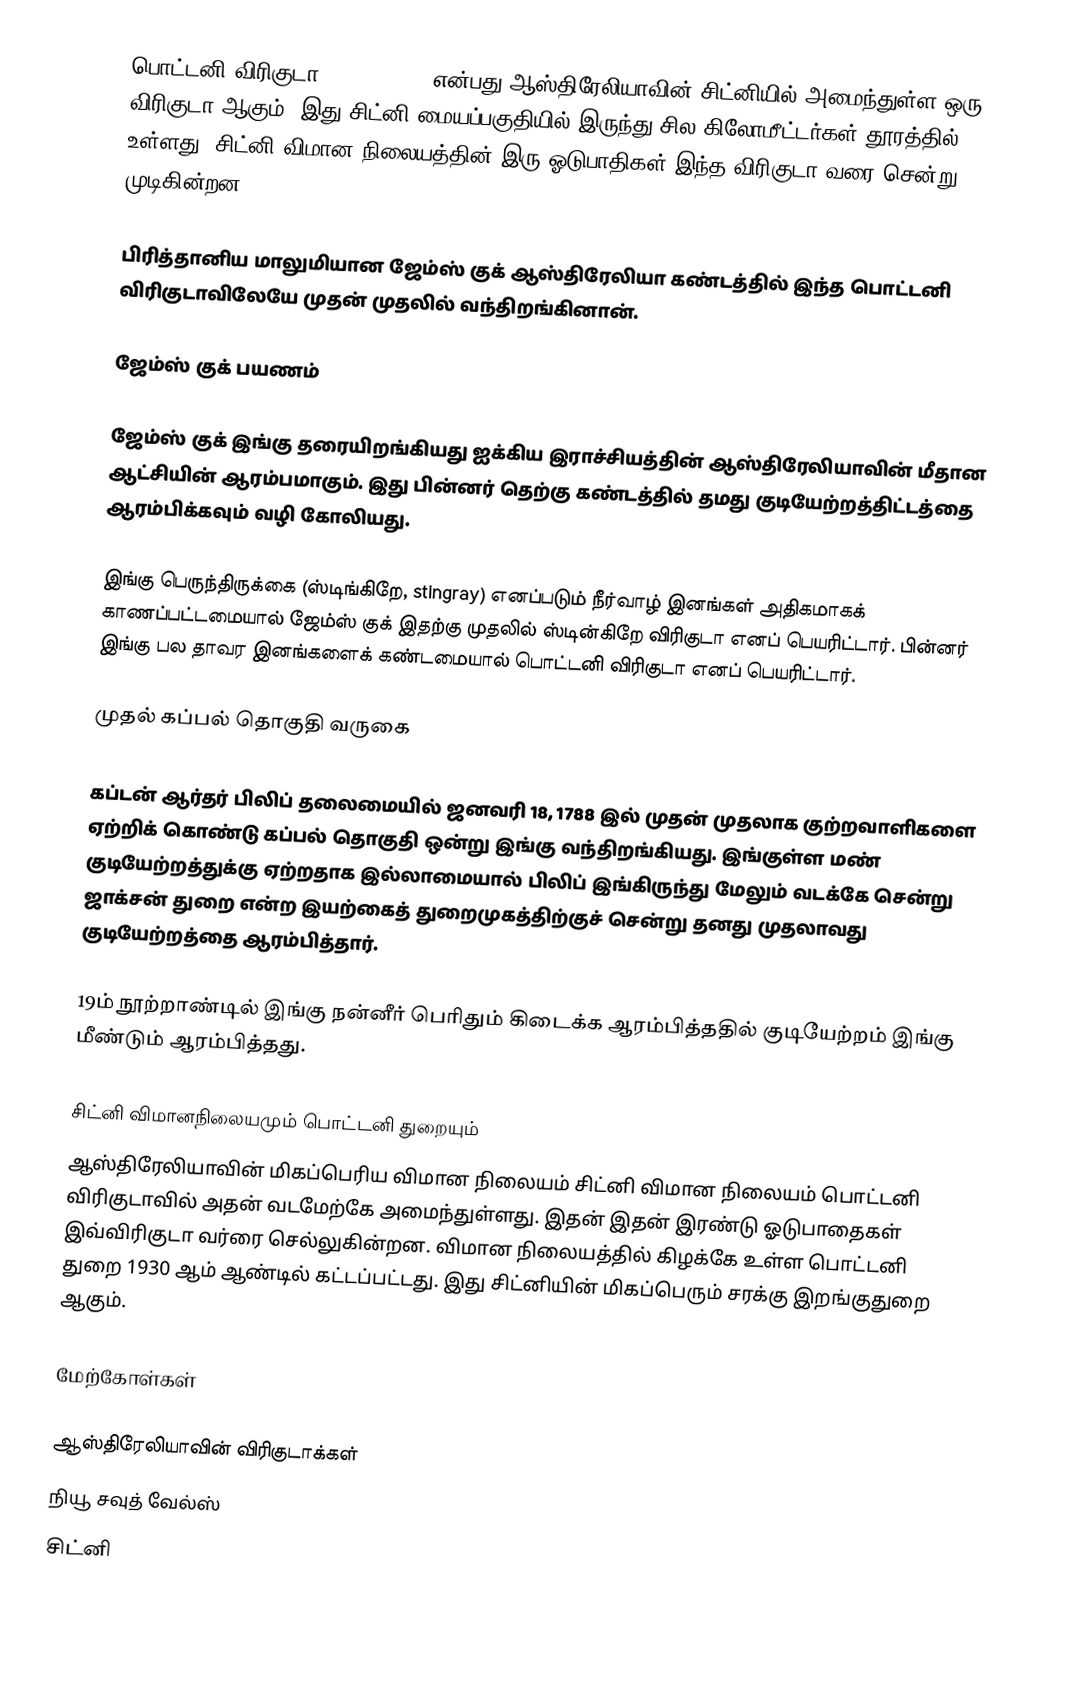
பொட்டனி விரிகுடா (Botany Bay) என்பது ஆஸ்திரேலியாவின் சிட்னியில் அமைந்துள்ள ஒரு விரிகுடா ஆகும். இது சிட்னி மையப்பகுதியில் இருந்து சில கிலோமீட்டர்கள் தூரத்தில் உள்ளது. சிட்னி விமான நிலையத்தின் இரு ஓடுபாதிகள் இந்த விரிகுடா வரை சென்று முடிகின்றன.

பிரித்தானிய மாலுமியான ஜேம்ஸ் குக் ஆஸ்திரேலியா கண்டத்தில் இந்த பொட்டனி விரிகுடாவிலேயே முதன் முதலில் வந்திறங்கினான்.

ஜேம்ஸ் குக் பயணம்

ஜேம்ஸ் குக் இங்கு தரையிறங்கியது ஐக்கிய இராச்சியத்தின் ஆஸ்திரேலியாவின் மீதான ஆட்சியின் ஆரம்பமாகும். இது பின்னர் தெற்கு கண்டத்தில் தமது குடியேற்றத்திட்டத்தை ஆரம்பிக்கவும் வழி கோலியது.

இங்கு பெருந்திருக்கை (ஸ்டிங்கிறே, stingray) எனப்படும் நீர்வாழ் இனங்கள் அதிகமாகக் காணப்பட்டமையால் ஜேம்ஸ் குக் இதற்கு முதலில் ஸ்டின்கிறே விரிகுடா எனப் பெயரிட்டார். பின்னர் இங்கு பல தாவர இனங்களைக் கண்டமையால் பொட்டனி விரிகுடா எனப் பெயரிட்டார்.

முதல் கப்பல் தொகுதி வருகை

கப்டன் ஆர்தர் பிலிப் தலைமையில் ஜனவரி 18, 1788 இல் முதன் முதலாக குற்றவாளிகளை ஏற்றிக் கொண்டு கப்பல் தொகுதி ஒன்று இங்கு வந்திறங்கியது. இங்குள்ள மண் குடியேற்றத்துக்கு ஏற்றதாக இல்லாமையால் பிலிப் இங்கிருந்து மேலும் வடக்கே சென்று ஜாக்சன் துறை என்ற இயற்கைத் துறைமுகத்திற்குச் சென்று தனது முதலாவது குடியேற்றத்தை ஆரம்பித்தார்.

19ம் நூற்றாண்டில் இங்கு நன்னீர் பெரிதும் கிடைக்க ஆரம்பித்ததில் குடியேற்றம் இங்கு மீண்டும் ஆரம்பித்தது.

சிட்னி விமானநிலையமும் பொட்டனி துறையும்
ஆஸ்திரேலியாவின் மிகப்பெரிய விமான நிலையம் சிட்னி விமான நிலையம் பொட்டனி விரிகுடாவில் அதன் வடமேற்கே அமைந்துள்ளது. இதன் இதன் இரண்டு ஓடுபாதைகள் இவ்விரிகுடா வர்ரை செல்லுகின்றன. விமான நிலையத்தில் கிழக்கே உள்ள பொட்டனி துறை 1930 ஆம் ஆண்டில் கட்டப்பட்டது. இது சிட்னியின் மிகப்பெரும் சரக்கு இறங்குதுறை ஆகும்.

மேற்கோள்கள்

ஆஸ்திரேலியாவின் விரிகுடாக்கள்
நியூ சவுத் வேல்ஸ்
சிட்னி